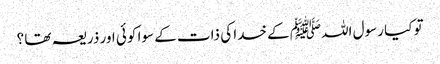
تو کیا رسول اللہﷺ کے خدا کی ذات کے سوا کوئی اور ذریعہ تھا ؟